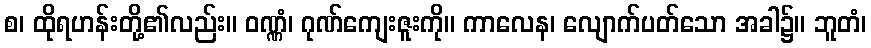
စ၊ ထိုရဟန်းတို့၏လည်း။ ဝဏ္ဏံ၊ ဂုဏ်ကျေးဇူးကို။ ကာလေန၊ လျောက်ပတ်သော အခါ၌။ ဘူတံ၊